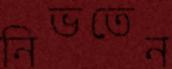
নিভতেন